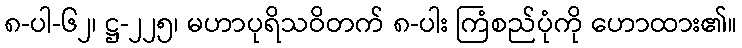
၈-ပါ-၆၂၊ ဋ္ဌ-၂၂၅၊ မဟာပုရိသဝိတက် ၈-ပါး ကြံစည်ပုံကို ဟောထား၏။